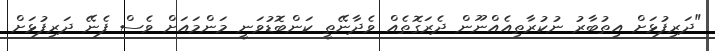
"ދަރިފުޅަށް އިތުބާރު ނުކުރާތިއެއްނޫން ދެރަގޮތެއް ވެދާނޭތީ ކަންބޮޑުވަނީ މަންމައަށް ވެސް ފެނޭ ދަރިފުޅަށް